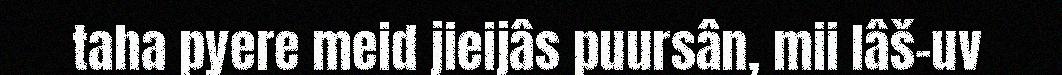
taha pyere meid jieijâs puursân, mii lâš-uv